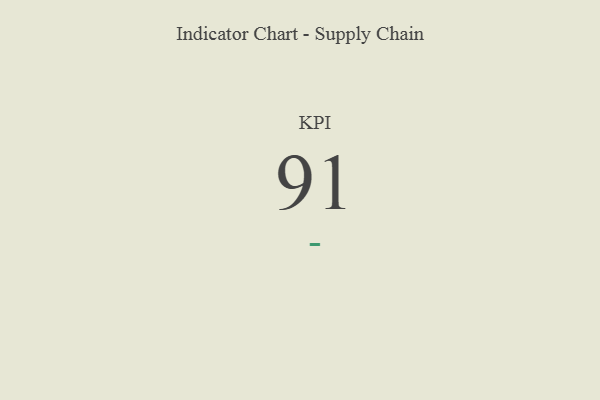
{"axis": {"x": "KPI", "y": "Value"}, "legend": [""], "data": [{"x": "KPI", "y": 91, "type": ""}]}